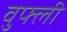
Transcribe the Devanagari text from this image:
वुफ्ली